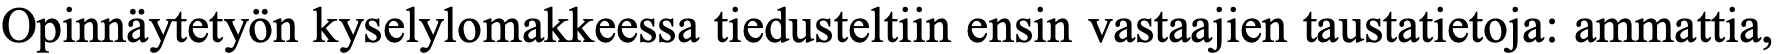
Opinnäytetyön kyselylomakkeessa tiedusteltiin ensin vastaajien taustatietoja: ammattia,